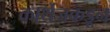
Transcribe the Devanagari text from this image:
कार्थेजकडून